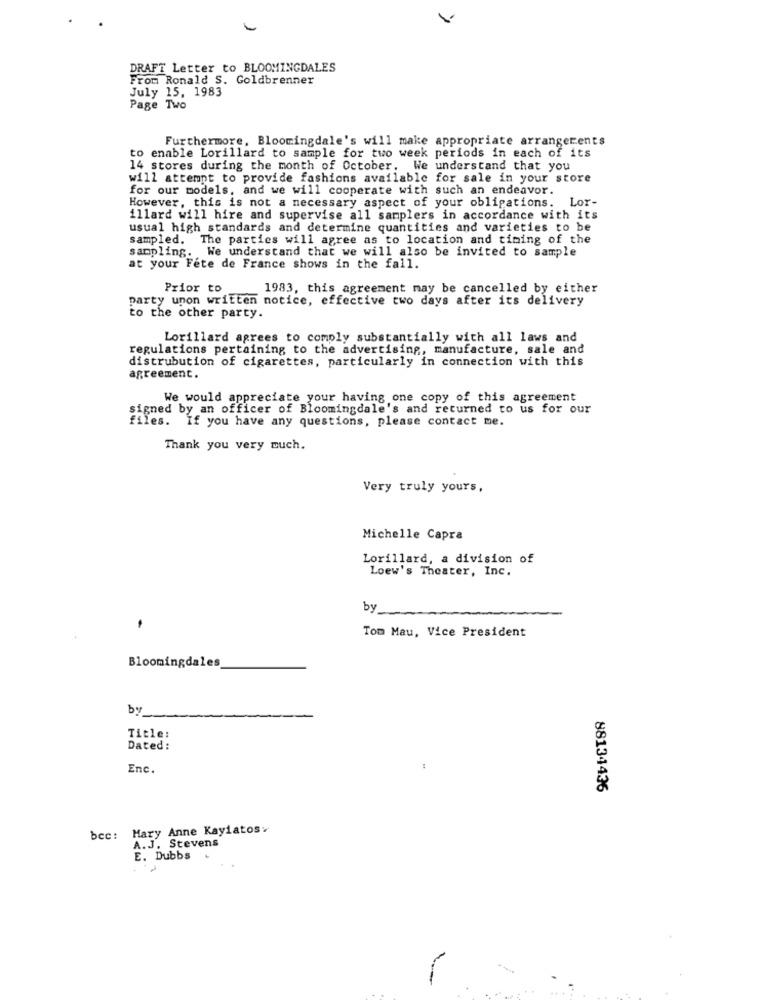
DRAFT Letter to BLOOMINGDALES
From Ronald S. Goldbrenner
July 15, 1983
Page Two
Furthermore, Bloomingdale's will make appropriate arrangerents
to enable Lorillard to sample for two week periods in each of its
14 stores during the month of October. We understand that you
will attempt to provide fashions available for sale in your store
for our models, and we will cooperate with such an endeavor.
However, this is not a necessary aspect of your obligations. Lor-
illard will hire and supervise all samplers in accordance with its
usual high standards and determine quantities and varieties to be
sampled. The parties will agree as to location and timing of the
sampling. We understand that we will also be invited to sample
at your Fete de France shows in the fall.
Prior to
1983, this agreement may be cancelled by either
party unon written notice, effective two days after its delivery
to the other party.
Lorillard agrees to comply substantially with all laws and
regulations pertaining to the advertising, manufacture, sale and
distrubution of cigarettes, particularly in connection with this
agreement.
We would appreciate your having one copy of this agreement
signed by an officer of Bloomingdale's and returned to us for our
iles. If you have any questions, please contact me.
Thank you very much.
Very truly yours,
Michelle Capra
Lorillard, a division of
Loew's Theater, Inc.
by
Tom Mau, Vice President
Bloomingdales
by
Title:
Dated:
Enc.
88134436
Mary Anne Kaylatos:
bcc:
A.J. Stevens
E. Dubbs